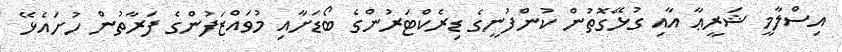
އިސްލާމީ ޝަރީޢާ އާއި ގުޅޭގޮތުން ކުންފުނީގެ ޑިރެކްޓަރުންގެ ބޯޑަށާއި މުވައްޒަފުންގެ ފަރާތުން ހުށައެޅޭ